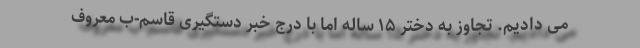
می دادیم. تجاوز به دختر ۱۵ ساله اما با درج خبر دستگیری قاسم-ب معروف